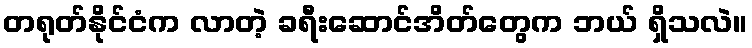
တရုတ်နိုင်ငံက လာတဲ့ ခရီးဆောင်အိတ်တွေက ဘယ် ရှိသလဲ။